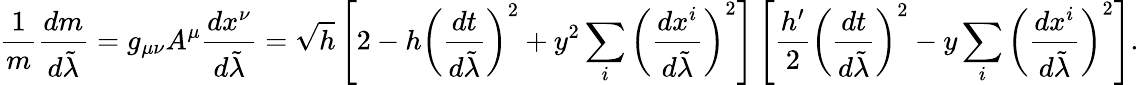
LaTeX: {\frac{1}{m}}{\frac{dm}{d\tilde{\lambda}}}=g_{\mu\nu}A^{\mu}{\frac{dx^{\nu}}{d\tilde{\lambda}}}=\sqrt{h}\left[2-h\left({\frac{dt}{d\tilde{\lambda}}}\right)^{2}+y^{2}\sum_{i}\left({\frac{dx^{i}}{d\tilde{\lambda}}}\right)^{2}\right]\left[{\frac{h^{\prime}}{2}}\left({\frac{dt}{d\tilde{\lambda}}}\right)^{2}-y\sum_{i}\left({\frac{dx^{i}}{d\tilde{\lambda}}}\right)^{2}\right].